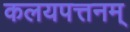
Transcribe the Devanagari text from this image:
कलयपत्तनम्